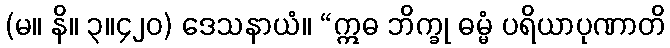
(မ။ နိ။ ၃။၄၂၀) ဒေသနာယံ။ “ဣဓ ဘိက္ခု ဓမ္မံ ပရိယာပုဏာတိ